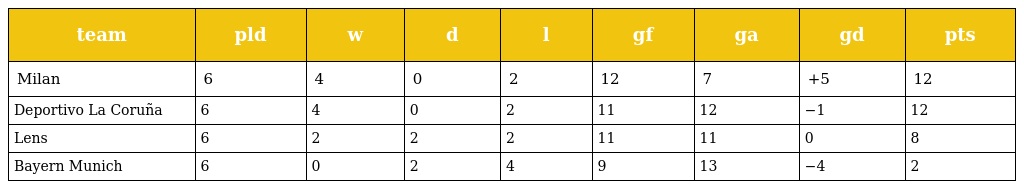
| team | pld | w | d | l | gf | ga | gd | pts |
 | --- | --- | --- | --- | --- | --- | --- | --- | --- |
 | Milan | 6 | 4 | 0 | 2 | 12 | 7 | +5 | 12 |
 | Deportivo La Coruña | 6 | 4 | 0 | 2 | 11 | 12 | −1 | 12 |
 | Lens | 6 | 2 | 2 | 2 | 11 | 11 | 0 | 8 |
 | Bayern Munich | 6 | 0 | 2 | 4 | 9 | 13 | −4 | 2 |